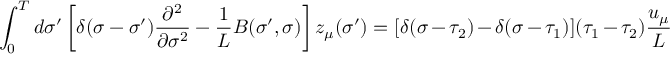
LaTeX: \int _ { 0 } ^ { T } d \sigma ^ { \prime } \left[ \delta ( \sigma - \sigma ^ { \prime } ) \frac { \partial ^ { 2 } } { \partial \sigma ^ { 2 } } - { \frac { 1 } { L } } B ( \sigma ^ { \prime } , \sigma ) \right] z _ { \mu } ( \sigma ^ { \prime } ) = [ \delta ( \sigma - \tau _ { 2 } ) - \delta ( \sigma - \tau _ { 1 } ) ] ( \tau _ { 1 } - \tau _ { 2 } ) \frac { u _ { \mu } } { L }